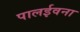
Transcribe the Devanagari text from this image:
पालईवना